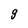
Character: g